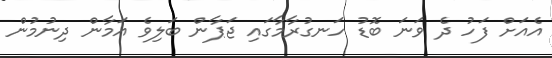
އެއަށް ފަހު ދެ ވަނަ ބޮޑު ހަނގުރާމާގައި ޖަޕާން ބަލިވެ އަމާން ދިނުމުން